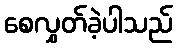
စေလွှတ်ခဲ့ပါသည်